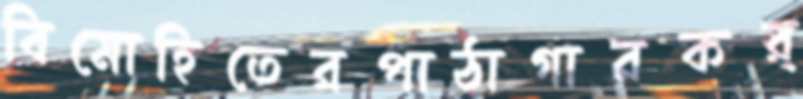
বিমোহিতেরপাঠাগারকর্